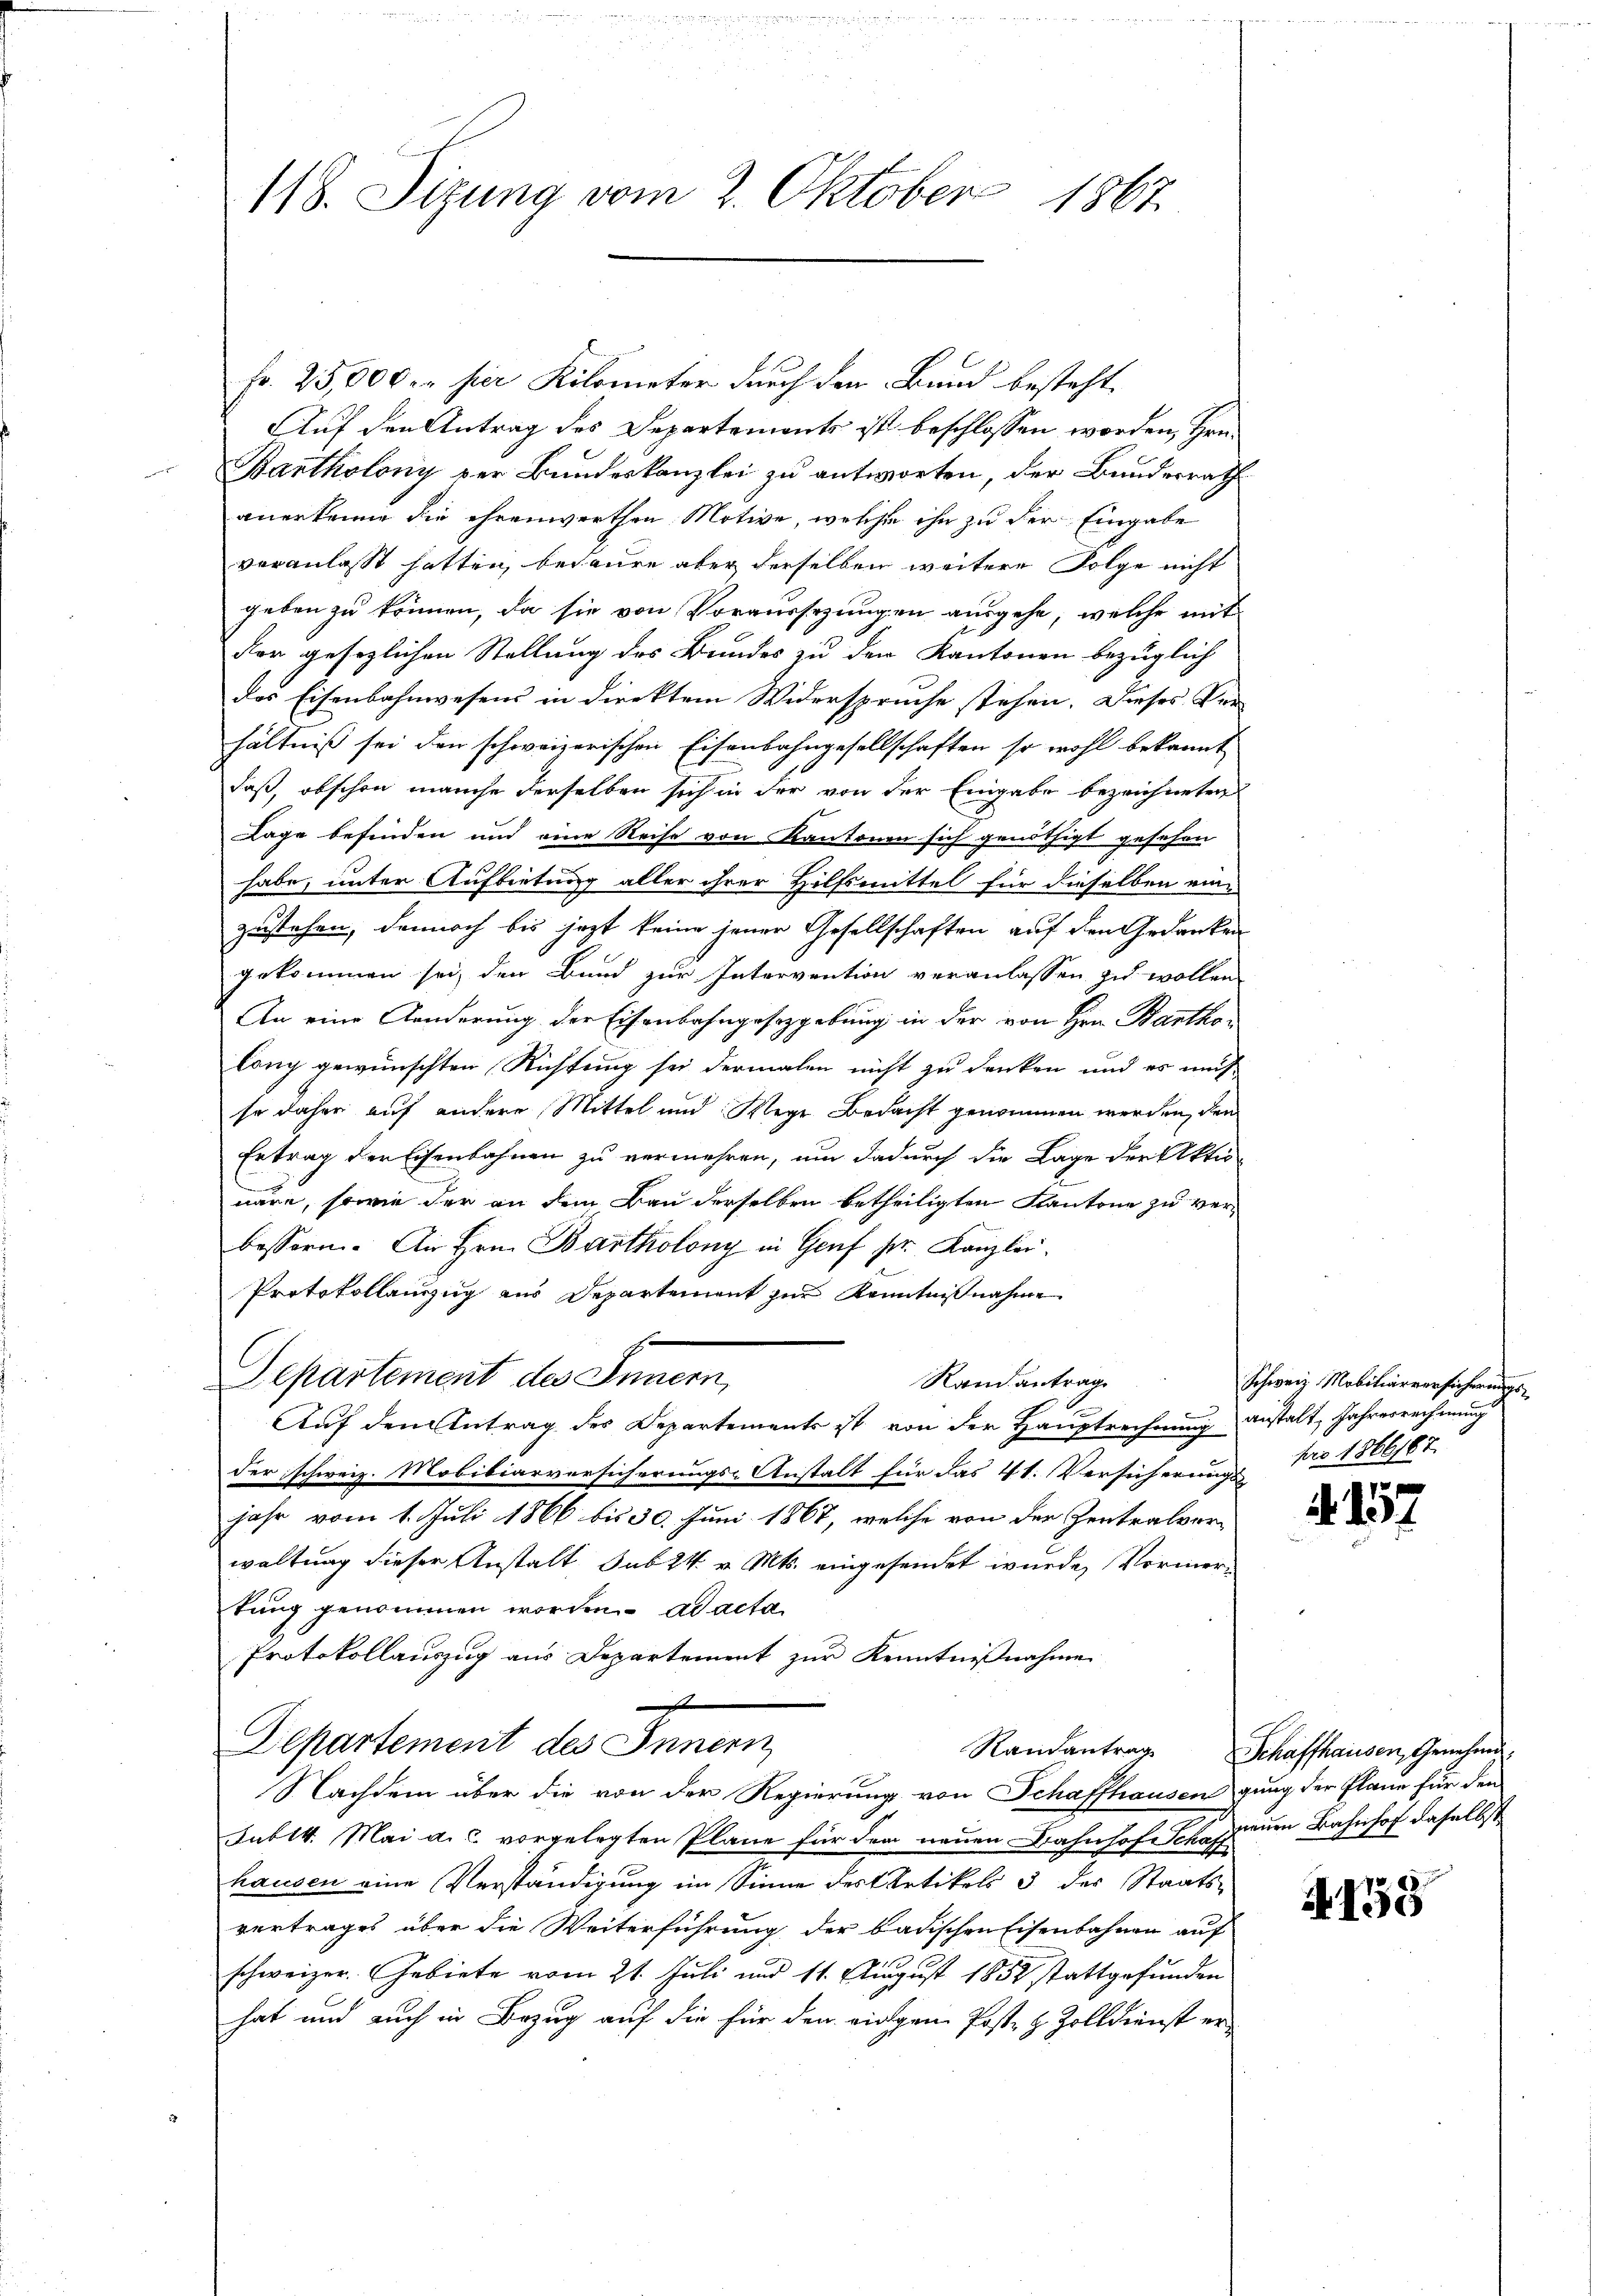
118. Sizung vom 2. Oktober 1867.

Fr. 25,000 er hier Kilometer durch den Bund besteht.
Auf den Antrag des Departements ist beschlossen worden, Hrn.
Bantholony der Bundeskanzlei zu antworten, der Bundesrath
anerkenne die ehrenwerthen Motive, welche ihn zu der Eingabe
veranlasst hatten, bedaure aber derselben weitere Folge nicht
geben zu können, da sie von Voraussezungen ausgehe, welche mit
For gesezlichen Stellung des Bundes zu den Kantonen bezüglich
das Eisenbahnwesens in direktem Widerspruche stehen. Dieses Verhältniß sei den schweizerischen Eisenbahngesellschaften so wohl bekannt
daß, obschon manche derselben sich in der von der Eingabe bezeichneten
Lage befinden und eine Reise von Kantonen sich genöthigt gesehen
habe, unter Aufbietung aller ihrer Hilfsmittel für dieselben eine
zustehen, dennoch bis jezt keine jener Gesellschaften auf den Gedanken
gekommen sei, den Bund zur Intervention veranlassen zu wollen
An eine Aenderung der Eisenbahngesetzgebung in der von Hrn. Bantholang gewünschten Richtung sei dermalen nicht zu denken und es müs-
so daher auf andere Mittel und Wege Bedacht genommen werden, den
Ertrag der Eisenbahnen zu vermehren, um dadurch die Lage der Aktio
näre, sowie der an dem Bau derselben betheiligten Kantone zu verbessern. An Hrn. Bartholony in Genf pr. Kanzlei
Protokollanzug aus Departement zur Kenntnißnahme
Departement des Innern,
Rand antrag
Auf den Antrag des Departements ist von der Hauptrechnung
der schweiz. Mobiliarversicherungs-Anstalt für das 41. Versicherungs
jahr vom 1. Juli 1866 bis 30. Juni 1867, welche von der Zentralverwaltung dieser Anstalt sub 24 v. Mts. eingesendet wurde, Vormertung genommen worden. ad acta
Protokollauszug aus Departement zur Kenntnißnahme
e
Departement des Innern
Nachdem über die von der Regierung von Schaffhausen gung der Plane für den
Sublk. Mai a. c. vorgelegten Pläne für dem neuen Bahnhofe Schauen Bahnhof daselbst
hausen eine Verständigung im Sinne des Artikels 5 des Staats-
vertrages über die Weiterführung der badischen Eisenbahnen auf
schweizer. Gebiete vom 21. Juli und 11. August 1852 stattgefunden
hat und auch in Bezug auf die für den eingen Poste H. Zolldienst er¬

Schweiz. Mobiliarversicherungsanstalt, Jahresrechnung
pro 1866187.

. 157

Randantrag Schaffhausen, Genehmi¬

4158